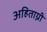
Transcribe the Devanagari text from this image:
अहिताग्नी